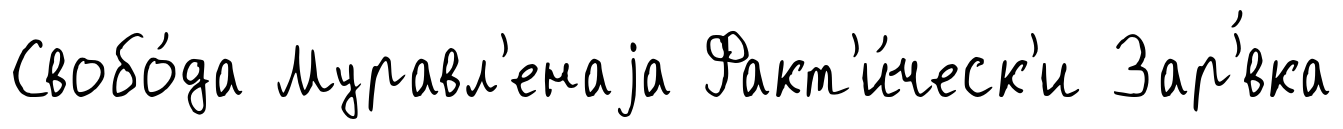
Свобо́да Муравл'енаjа Факт'и́ческ'и Зар'́вка